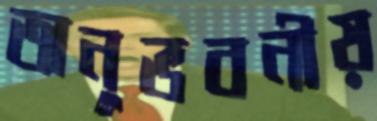
অনুভবনীয়